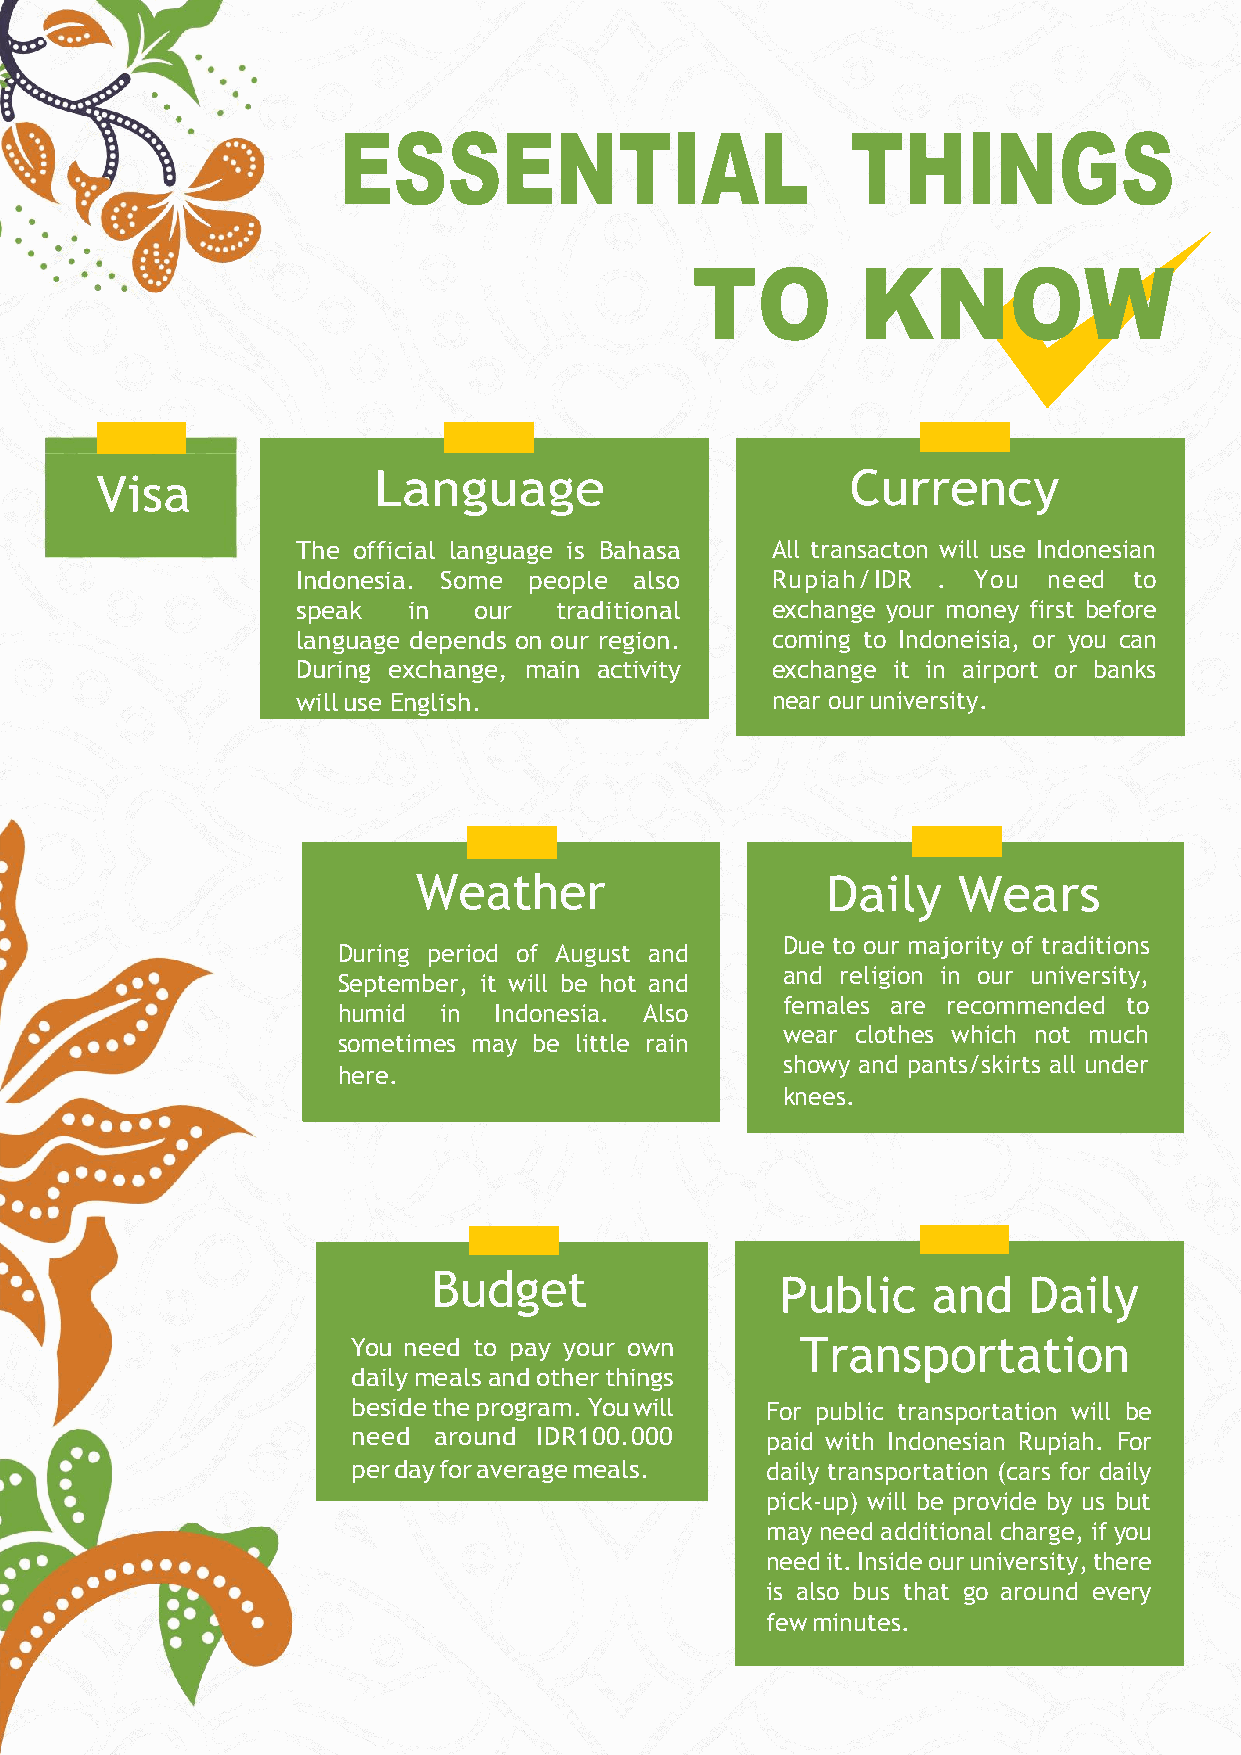
ESSENTIAL                         THINGS
 TO         KNOW
 Visa               Language                       Currency
 The official language is Bahasa All transacton will use Indonesian
 Indonesia. Some people also    Rupiah/IDR . You  need  to
 speak  in  our   traditional   exchange your money first before
 language depends on our region. coming to Indoneisia, or you can
 During exchange, main activity exchange it in airport or banks
 will use English.              near our university.
 Weather                    Daily   Wears
 Due to our majority of traditions
 During period of August and
 and religion in our university,
 September, it will be hot and
 females are recommended to
 humid  in  Indonesia. Also
 wear clothes which not much
 sometimes may be little rain
 showy and pants/skirts all under
 here.
 knees.
 Budget                 Public    and   Daily
 You need to pay your own      Transportation
 daily meals and other things
 beside the program. You will For public transportation will be
 need  around IDR100.000     paid with Indonesian Rupiah. For
 per day for average meals.  daily transportation (cars for daily
 pick-up) will be provide by us but
 may need additional charge, if you
 need it. Inside our university, there
 is also bus that go around every
 few minutes.